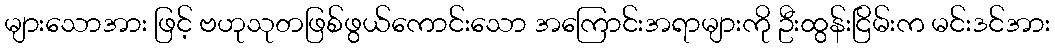
များသောအား ဖြင့် ဗဟုသုတဖြစ်ဖွယ်ကောင်းသော အကြောင်းအရာများကို ဦးထွန်းငြိမ်းက မင်းဒင်အား